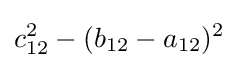
c_{12}^{2}-(b_{12}-a_{12})^{2}